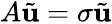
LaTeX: A\tilde{\mathbf{u}}=\sigma\tilde{\mathbf{u}}